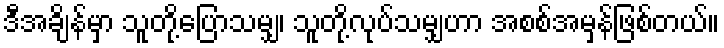
ဒီအချိန်မှာ သူတို့ပြောသမျှ၊ သူတို့လုပ်သမျှဟာ အစစ်အမှန်ဖြစ်တယ်။